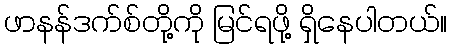
ဖာနန်ဒက်စ်တို့ကို မြင်ရဖို့ ရှိနေပါတယ်။